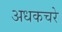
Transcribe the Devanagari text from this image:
अधकचरे